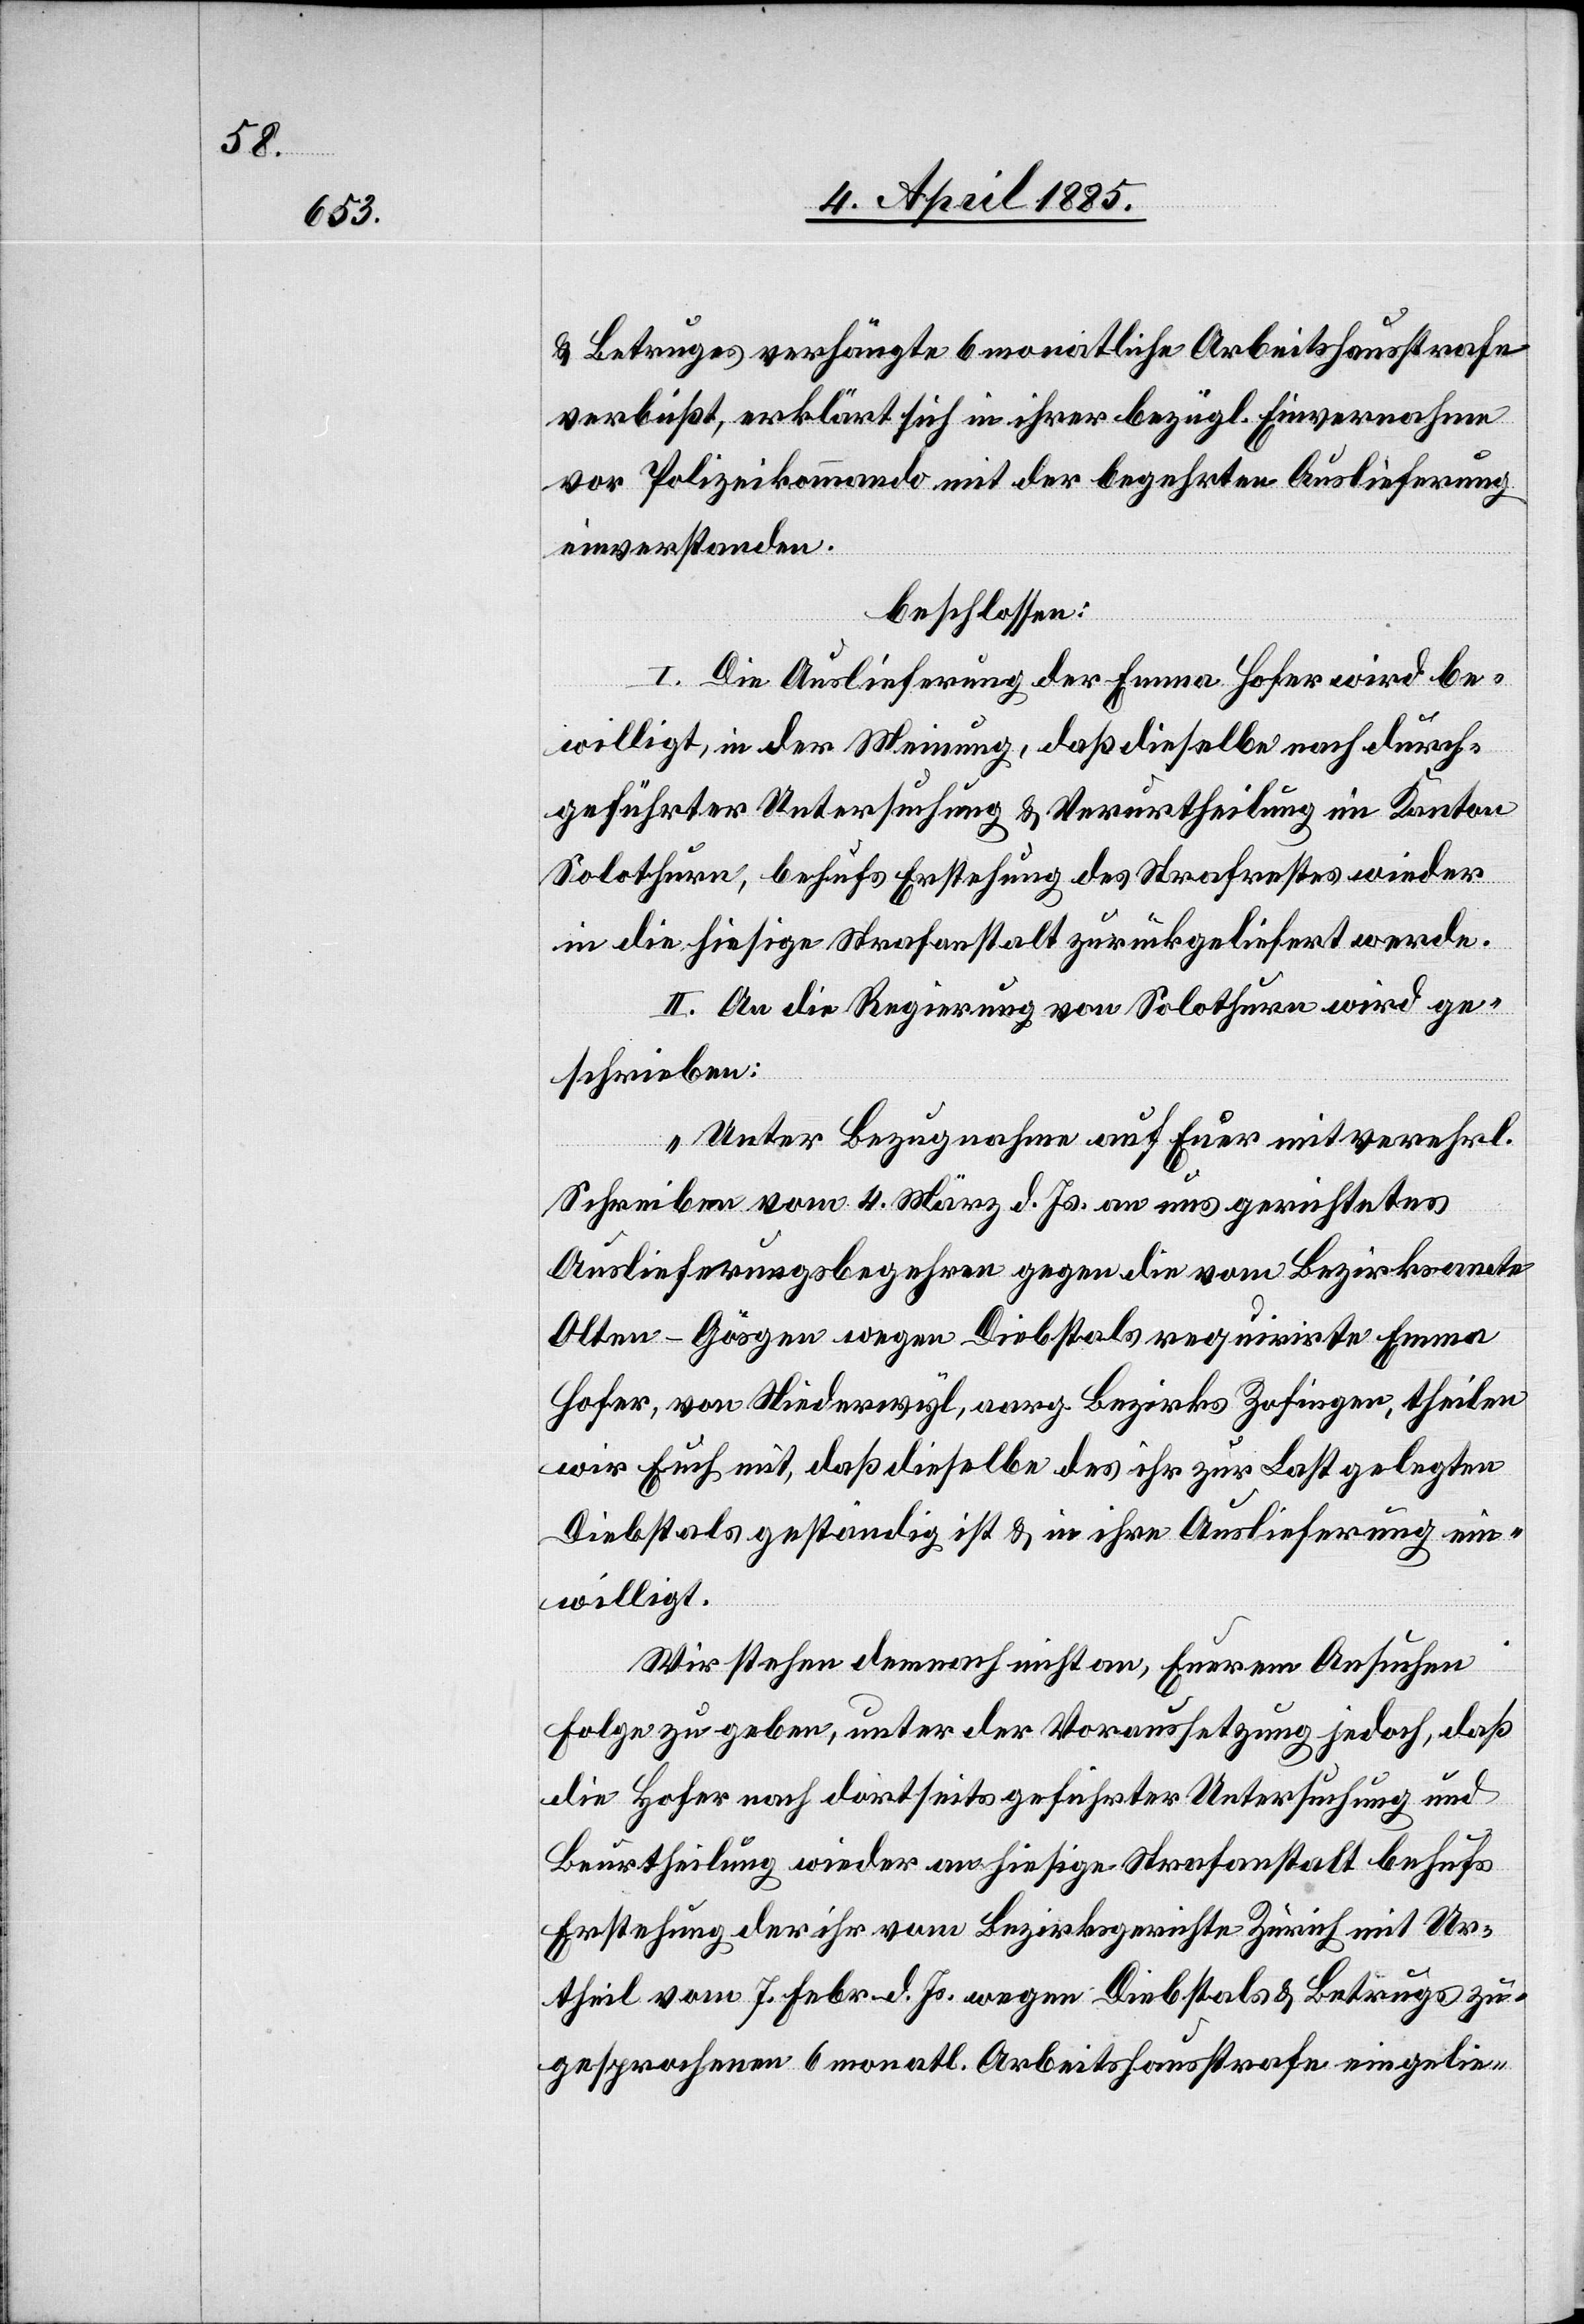
& Betruges verhängte 6 monatige Arbeitshausstrafe
verbüßt, erklärt sich in ihrer bezügl. Einvernahme
vor Polizeikommando mit der begehrten Auslieferung
einverstanden.
beschlossen:
I. Die Auslieferung der Emma Hofer wird be¬
willigt, in der Meinung, daß dieselbe nach durch¬
geführter Untersuchung & Verurtheilung im Kanton
Solothurn, behufs Erstehung des Strafrestes wieder
in die hiesige Strafanstalt zurückgeliefert werde.
II. An die Regierung von Solothurn wird ge¬
schrieben:
„Unter Bezugnahme auf Euer mit verehrl.
Schreiben vom 4. März d. Js. an uns gerichtetes
Auslieferungsbegehren gegen die vom Bezirksamte
Olten - Gösgen wegen Diebstals requirirte Emma
Hofer, von Niederwyl, aarg. Bezirks Zofingen, theilen
wir Euch mit, daß dieselbe des ihr zur Last gelegten
Diebstals geständig ist & in ihre Auslieferung ein¬
willigt.
Wir stehen demnach nicht an, Euerem Ansuchen
Folge zu geben, unter der Voraussetzung jedoch, daß
die Hofer nach dortseits geführter Untersuchung und
Beurtheilung wieder an hiesige Strafanstalt behufs
Erstehung der ihr vom Bezirksgerichte Zürich mit Ur¬
theil vom 7. Febr. d. Js. wegen Diebstals & Betrugs zu¬
gesprochenen 6 monatl. Arbeitshausstrafe eingelie-